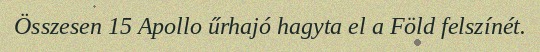
Összesen 15 Apollo űrhajó hagyta el a Föld felszínét.